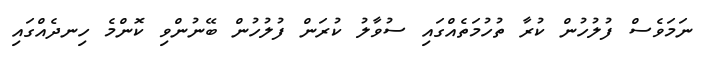
ނަމަވެސް ފުލުހުން ކުރާ ތުހުމަތެއްގައި ސުވާލު ކުރަން ފުލުހުން ބޭނުންވި ކޮންމެ ހިނދެއްގައި